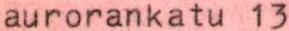
aurorankatu 13